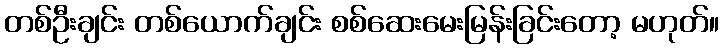
တစ်ဦးချင်း တစ်ယောက်ချင်း စစ်ဆေးမေးမြန်းခြင်းတော့ မဟုတ်။